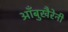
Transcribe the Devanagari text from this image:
आँबुखैरेनी